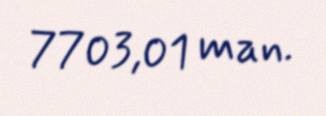
7703,01 man.